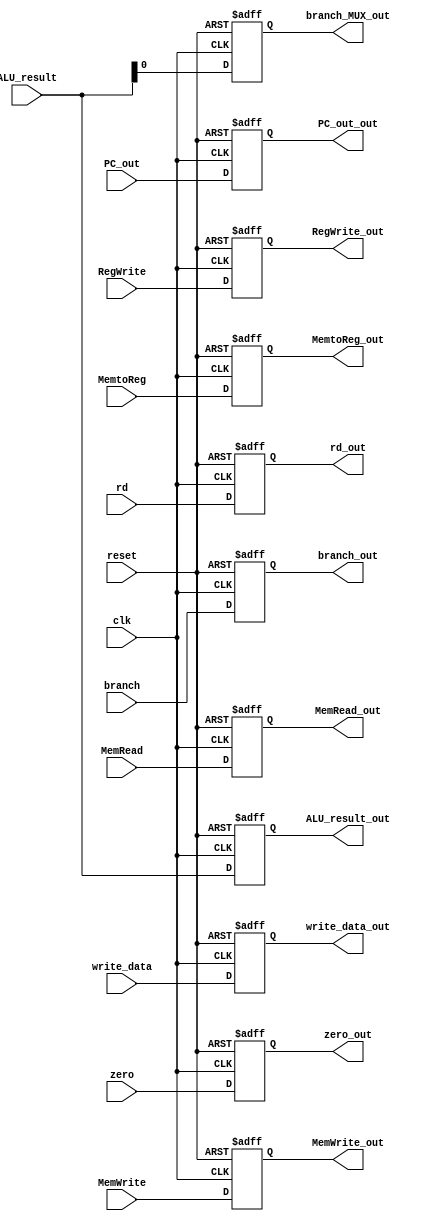
`timescale 1ns / 1ps
//////////////////////////////////////////////////////////////////////////////////
// Company: 
// Engineer: 
// 
// Design Name: 
// Module Name: EX_MEM
// Project Name: 
// Target Devices: 
// Tool Versions: 
// Description: 
// 
// Dependencies: 
// 
// Revision:
// Revision 0.01 - File Created
// Additional Comments:
// 
//////////////////////////////////////////////////////////////////////////////////


module EX_MEM(
    input clk, reset,
    input [4:0] rd,
    input [63:0] write_data , 
    //input branch_MUX,
    input [63:0] ALU_result, PC_out,
    input zero, branch, MemRead, MemWrite, RegWrite, MemtoReg, 
    output reg [4:0] rd_out,
    output reg [63:0] write_data_out, 
    output reg [63:0] ALU_result_out, 
    output reg zero_out, branch_out, MemRead_out, MemWrite_out, RegWrite_out, MemtoReg_out, 
    output reg [63:0] PC_out_out,
    output reg branch_MUX_out
    );
    initial
        begin
            MemRead_out=0;
            MemWrite_out=0;
            RegWrite_out=0;
            MemtoReg_out=0;
            PC_out_out=0;
            rd_out = 0;
            write_data_out=0; 
            ALU_result_out = 0;
            branch_MUX_out=0;
            zero_out=0;
            branch_out=0;
   	   end 

	always @(posedge clk ,posedge reset)
		begin
          if (reset==1)
				begin
                  PC_out_out=0;
                  rd_out = 0;
                  branch_out=0;
                  MemRead_out=0;
                  MemWrite_out=0;
                  RegWrite_out=0;
                  MemtoReg_out=0;
                  write_data_out=0; 
                  ALU_result_out = 0;
                  branch_MUX_out=0;
                  zero_out=0;
			    end

      else if (clk==1)
        begin
            PC_out_out=PC_out;
            rd_out=rd ;
            write_data_out=write_data; 
            MemRead_out=MemRead;
            MemWrite_out=MemWrite;
            RegWrite_out= RegWrite ;
            MemtoReg_out=MemtoReg ;
            ALU_result_out=ALU_result ;
            branch_MUX_out=ALU_result ;
            zero_out= zero;
            branch_out=branch;  
        end
	end
endmodule